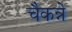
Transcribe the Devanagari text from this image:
चैकन्ने